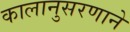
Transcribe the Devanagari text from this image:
कालानुसरणाने